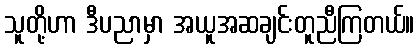
သူတို့ဟာ ဒီပညာမှာ အယူအဆချင်းတူညီကြတယ်။